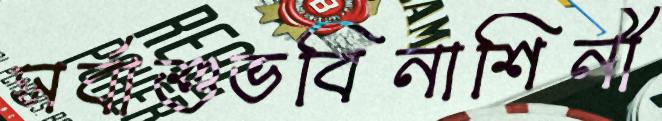
সর্বাশুভবিনাশিনী